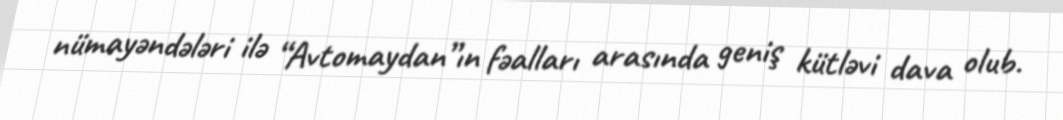
nümayəndələri ilə “Avtomaydan”ın fəalları arasında geniş kütləvi dava olub.